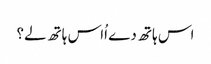
اس ہاتھ دے اُاس ہاتھ لے؟